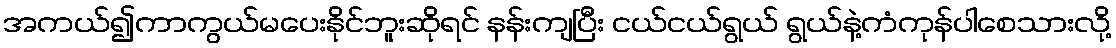
အကယ်၍ကာကွယ်မပေးနိုင်ဘူးဆိုရင် နန်းကျပြီး ငယ်ငယ်ရွယ် ရွယ်နဲ့ကံကုန်ပါစေသားလို့